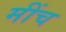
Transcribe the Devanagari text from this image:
मींच